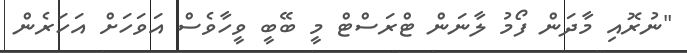
"ނުރޮއި މާދަން ފޯމު ލާނަން ޓްރަސްޓް މީ ބޭބީ ވީހާވެސް އަވަހަށް އަހަރެން